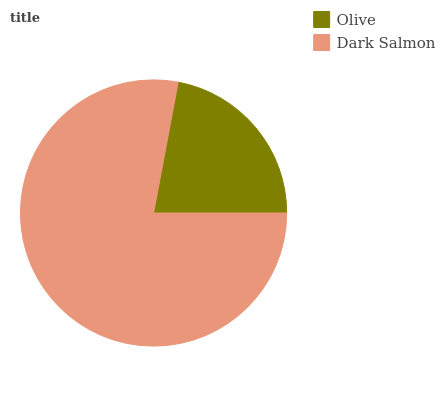
| Olive | Dark Salmon |
 | --- | --- |
 | 22.1% | 77.9% |